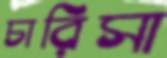
চারিসা